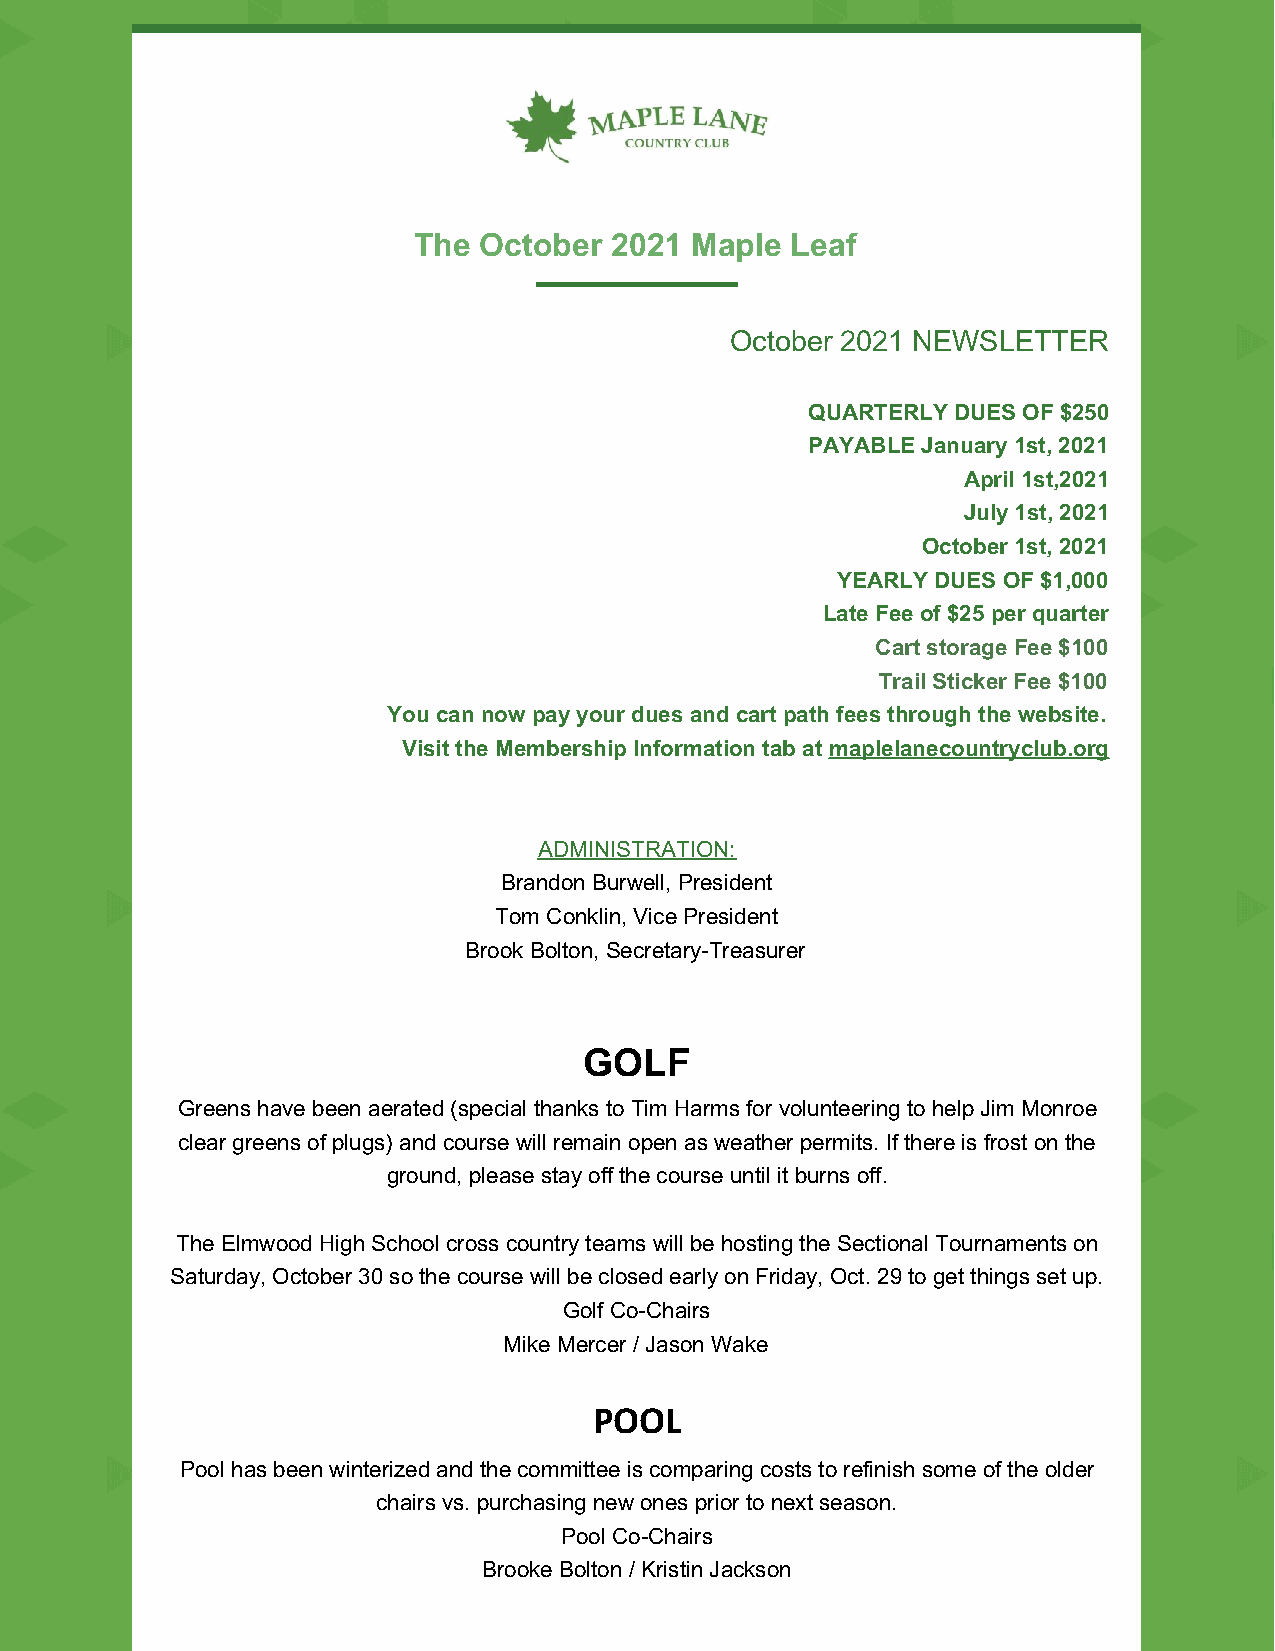
The  October 2021  Maple Leaf
 October 2021 NEWSLETTER
 QUARTERLY DUES OF $250
 PAYABLE January 1st, 2021
 April 1st,2021
 July 1st, 2021
 October 1st, 2021
 YEARLY DUES OF $1,000
 Late Fee of $25 per quarter
 Cart storage Fee $100
 Trail Sticker Fee $100
 You can now pay your dues and cart path fees through the website.
 Visit the Membership Information tab at maplelanecountryclub.org
 ADMINISTRATION:
 Brandon Burwell, President
 Tom Conklin, Vice President
 Brook Bolton, Secretary-Treasurer
 GOLF
 Greens have been aerated (special thanks to Tim Harms for volunteering to help Jim Monroe
 clear greens of plugs) and course will remain open as weather permits. If there is frost on the
 ground, please stay off the course until it burns off.
 The Elmwood High School cross country teams will be hosting the Sectional Tournaments on
 Saturday, October 30 so the course will be closed early on Friday, Oct. 29 to get things set up.
 Golf Co-Chairs
 Mike Mercer / Jason Wake
 POOL
 Pool has been winterized and the committee is comparing costs to refinish some of the older
 chairs vs. purchasing new ones prior to next season.
 Pool Co-Chairs
 Brooke Bolton / Kristin Jackson